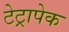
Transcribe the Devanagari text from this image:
टेट्रापेक